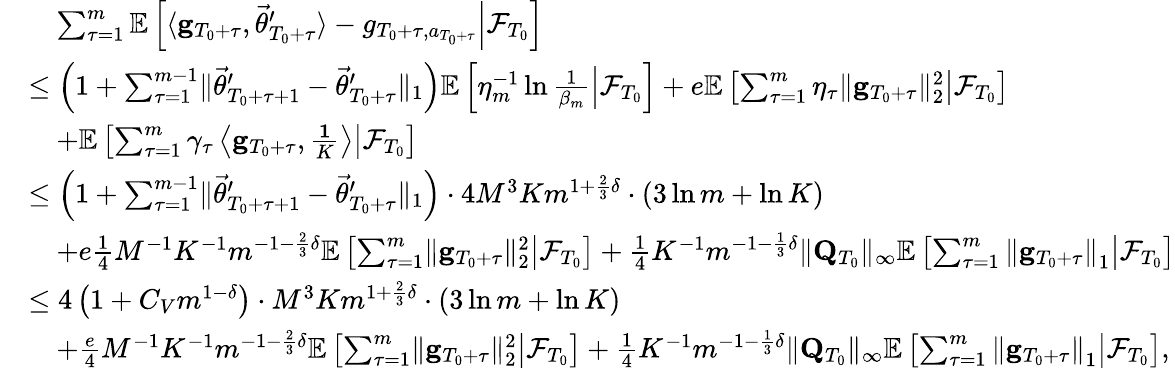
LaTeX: \begin{array}{rl}&{\quad\sum_{\tau=1}^{m}\mathbb E\left[\left.\langle\mathbf g_{T_{0}+\tau},\vec{\theta}_{T_{0}+\tau}^{\prime}\rangle-g_{T_{0}+\tau,a_{T_{0}+\tau}}\right\rvert\mathcal F_{T_{0}}\right]}\\ &{\le\left(1+\sum_{\tau=1}^{m-1}\lVert\vec{\theta}_{T_{0}+\tau+1}^{\prime}-\vec{\theta}_{T_{0}+\tau}^{\prime}\rVert_{1}\right)\mathbb E\left[\left.\eta_{m}^{-1}\ln\frac 1{\beta_{m}}\right\rvert\mathcal F_{T_{0}}\right]+e\mathbb E\left[\left.\sum_{\tau=1}^{m}\eta_{\tau}\lVert\mathbf g_{T_{0}+\tau}\rVert_{2}^{2}\right\rvert\mathcal F_{T_{0}}\right]}\\ &{\quad+\mathbb E\left[\left.\sum_{\tau=1}^{m}\gamma_{\tau}\left\langle\mathbf g_{T_{0}+\tau},\frac{\mathbf 1}{K}\right\rangle\right\vert\mathcal F_{T_{0}}\right]}\\ &{\le\left(1+\sum_{\tau=1}^{m-1}\lVert\vec{\theta}_{T_{0}+\tau+1}^{\prime}-\vec{\theta}_{T_{0}+\tau}^{\prime}\rVert_{1}\right)\cdot 4M^{3}Km^{1+\frac 23\delta}\cdot\left(3\ln m+\ln K\right)}\\ &{\quad+e\frac 14M^{-1}K^{-1}m^{-1-\frac 23\delta}\mathbb E\left[\left.\sum_{\tau=1}^{m}\lVert\mathbf g_{T_{0}+\tau}\rVert_{2}^{2}\right\rvert\mathcal F_{T_{0}}\right]+\frac 14K^{-1}m^{-1-\frac 13\delta}\lVert\mathbf Q_{T_{0}}\rVert_{\infty}\mathbb E\left[\left.\sum_{\tau=1}^{m}\left\lVert\mathbf g_{T_{0}+\tau}\right\rVert_{1}\right\rvert\mathcal F_{T_{0}}\right]}\\ &{\le 4\left(1+C_{V}m^{1-\delta}\right)\cdot M^{3}Km^{1+\frac 23\delta}\cdot\left(3\ln m+\ln K\right)}\\ &{\quad+\frac e4M^{-1}K^{-1}m^{-1-\frac 23\delta}\mathbb E\left[\left.\sum_{\tau=1}^{m}\lVert\mathbf g_{T_{0}+\tau}\rVert_{2}^{2}\right\rvert\mathcal F_{T_{0}}\right]+\frac 14K^{-1}m^{-1-\frac 13\delta}\lVert\mathbf Q_{T_{0}}\rVert_{\infty}\mathbb E\left[\left.\sum_{\tau=1}^{m}\left\lVert\mathbf g_{T_{0}+\tau}\right\rVert_{1}\right\rvert\mathcal F_{T_{0}}\right],}\end{array}